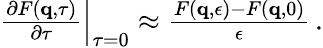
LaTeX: \begin{array}{r}{\left.\frac{\partial F(\mathbf{q},\tau)}{\partial\tau}\right|_{\tau=0}\approx\frac{F(\mathbf{q},\epsilon)-F(\mathbf{q},0)}{\epsilon}\, .}\end{array}